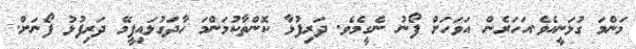
މަންމަ ގުޅަނީއެވެ.އަހަރެން އަވަހަށް ފޯނު ނެގީމެވެ. ދަރިފުޅާ ކޮންތާކުމަންމަ ހާދަގުޅައިފީމޭ ދަރިފުޅު ފޯނަށް.